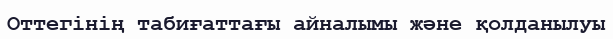
Оттегінің табиғаттағы айналымы және қолданылуы